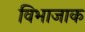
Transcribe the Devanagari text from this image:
विभाजाक